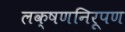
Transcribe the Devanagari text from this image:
लक्षणनिरूपण